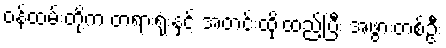
ဝန်ထမ်းတို့က တရားရုံးနှင့် အတင်းထိုးထည့်ပြီး အဖွားတစ်ဦး